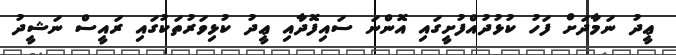
ޢީދު ނަމާދަށް ފަހު ކުޅުދުއްފުށީގައި އޮންނަ ސައިފޮދާއި ޢީދު ކުޅިވަރުތަކުގައި ރައީސް ނަޝީދު